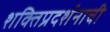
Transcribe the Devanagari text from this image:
शक्तिप्रदर्शनाची